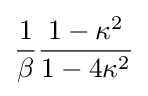
{\frac {1}{\beta }}{\frac {1-\kappa ^{2}}{1-4\kappa ^{2}}}